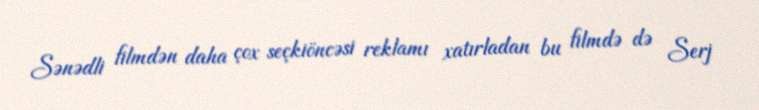
Sənədli filmdən daha çox seçkiöncəsi reklamı xatırladan bu filmdə də Serj